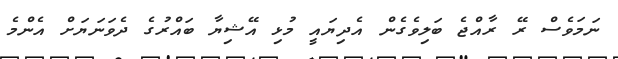
ނަމަވެސް ރޭ ރާއްޖެ ބަލިވެގެން އެދިޔައީ މުޅި އޭޝިޔާ ބައްރުގެ ދެވަނަޔަށް އެންމެ